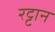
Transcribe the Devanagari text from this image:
रट्टान